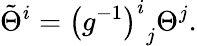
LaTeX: {\tilde{\Theta}}^{i}={\left(g^{-1}\right)^{i}}_{j}\Theta^{j}.